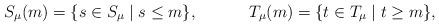
LaTeX: \begin{align*}S_\mu(m) = \lbrace s \in S_\mu \mid s \le m \rbrace,&&T_\mu(m) = \lbrace t \in T_\mu \mid t \ge m \rbrace,\end{align*}